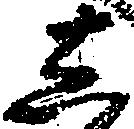
し